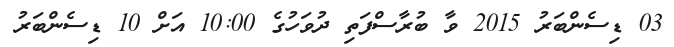
03 ޑިސެންބަރު 2015 ވާ ބުރާސްފަތި ދުވަހުގެ 10:00 އަށް 10 ޑިސެންބަރު